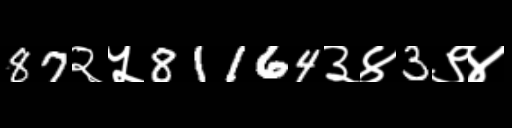
Text: 87२५81164३४3९४